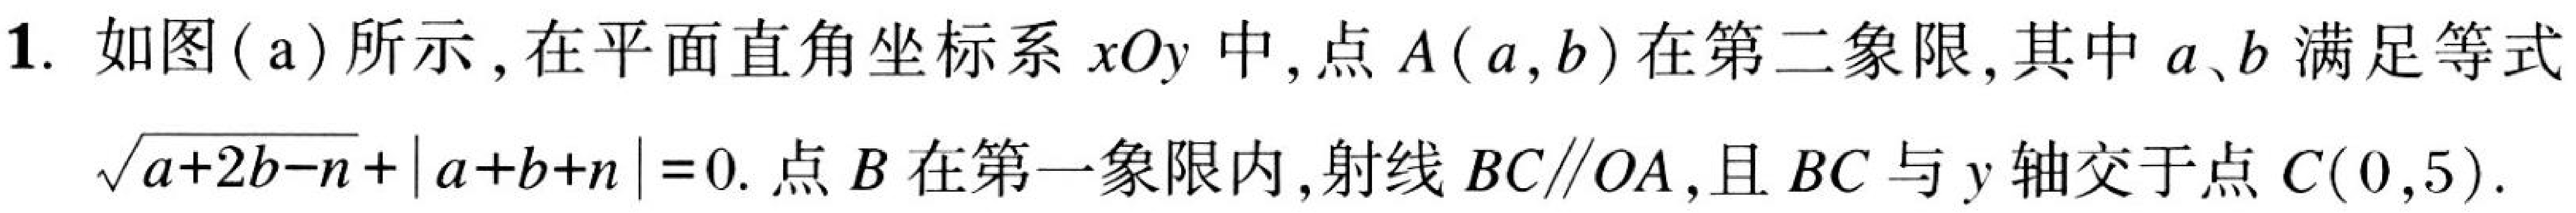
1. 如图(a)所示，在平面直角坐标系\(xOy\)中，点\(A(a,b)\)在第二象限，其中\(a,b\)满足等式
\(\sqrt{a + 2b - n}+\vert a + b + n\vert=0\). 点\(B\)在第一象限内，射线\(BC\parallel OA\)，且\(BC\)与\(y\)轴交于点\(C(0,5)\).